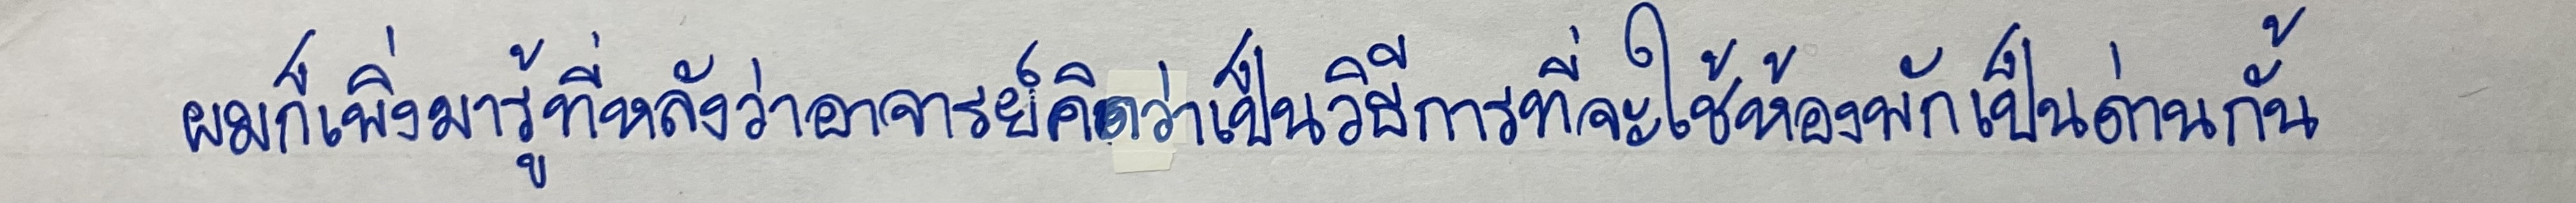
ผมก็เพิ่งมารู้ที่หลังว่าอาจารย์คิดว่าเป็นวิธีการที่จะใช้ห้องพักเป็นด่านกั้น